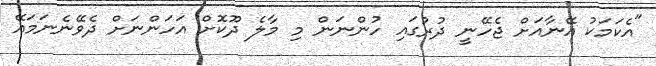
"އެކަމަކު އޭނާއަށް ޖެހޭނީ ދުރުގައި ހުންނަން މި މާލެ ދޫކޮށް އަހަންނަށް ދެވޭނެނަމައޭ